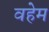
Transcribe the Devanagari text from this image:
वहेम